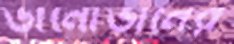
ডানোভানের